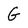
Character: G